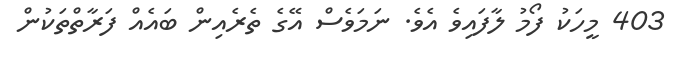
403 މީހަކު ފޯމު ލާފައިވެ އެވެ. ނަމަވެސް އޭގެ ތެރެއިން ބައެއް ފަރާތްތަކުން